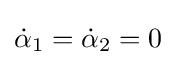
{\dot {\alpha }}_{1}={\dot {\alpha }}_{2}=0